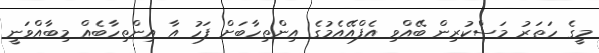
މީގެ ހަތަރު މަސްކުރިން ބޭއްވި އެފްއޭއެމުގެ އިންތިހާބަށް ފަހު އާ އިންތިހާބެއް މިބާއްވަނީ